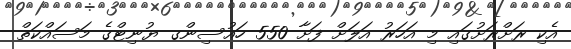
އެކި ރަށްރަށުގައި މި އަހަރު އަލަށް ފަށާ 550 ހައުސިންގ ޔުނިޓްގެ މަސައްކަތް